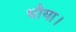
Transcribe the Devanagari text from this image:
धौया।